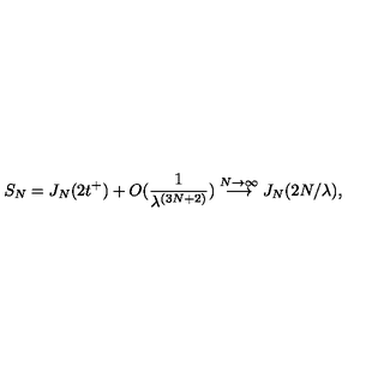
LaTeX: S _ { N } = J _ { N } ( 2 t ^ { + } ) + O ( \frac { 1 } { \lambda ^ { ( 3 N + 2 ) } } ) \stackrel { N \rightarrow \infty } { \longrightarrow } J _ { N } ( 2 N / \lambda ) ,